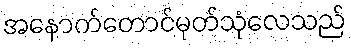
အနောက်တောင်မုတ်သုံလေသည်